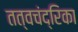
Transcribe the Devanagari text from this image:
तत्वचंद्रिका